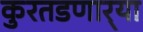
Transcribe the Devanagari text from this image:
कुरतडणार्‍या